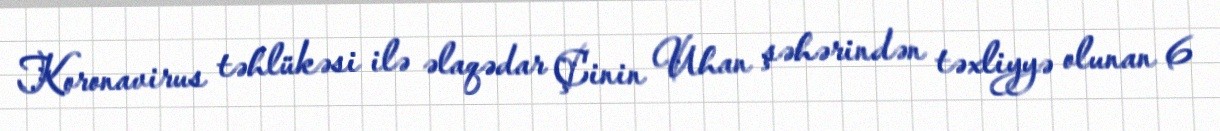
Koronavirus təhlükəsi ilə əlaqədar Çinin Uhan şəhərindən təxliyyə olunan 6